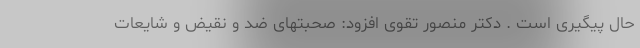
حال پیگیری است . دکتر منصور تقوی افزود: صحبتهای ضد و نقیض و شایعات